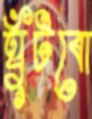
ঘুঁটবো